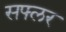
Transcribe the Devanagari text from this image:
सफ्लर